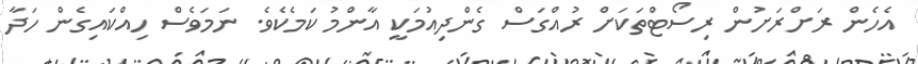
އެހެން ރަށްރަށުން ރިސޯޓްތަކަށް ރުއްގަސް ގެންދިއުމަކީ އާންމު ކަމެކެވެ. ނަމަވެސް ހިއްކައިގެން ހަދާ